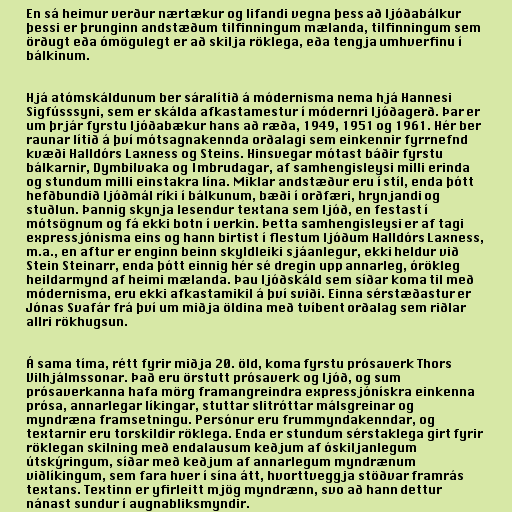
En sá heimur verður nærtækur og lifandi vegna þess að ljóðabálkur
þessi er þrunginn andstæðum tilfinningum mælanda, tilfinningum sem
örðugt eða ómögulegt er að skilja röklega, eða tengja umhverfinu í
bálkinum.

Hjá atómskáldunum ber sáralítið á módernisma nema hjá Hannesi
Sigfússsyni, sem er skálda afkastamestur í módernri ljóðagerð. Þar er
um þrjár fyrstu ljóðabækur hans að ræða, 1949, 1951 og 1961. Hér ber
raunar lítið á því mótsagnakennda orðalagi sem einkennir fyrrnefnd
kvæði Halldórs Laxness og Steins. Hinsvegar mótast báðir fyrstu
bálkarnir, Dymbilvaka og Imbrudagar, af samhengisleysi milli erinda
og stundum milli einstakra lína. Miklar andstæður eru í stíl, enda þótt
hefðbundið ljóðmál ríki í bálkunum, bæði í orðfæri, hrynjandi og
stuðlun. Þannig skynja lesendur textana sem ljóð, en festast í
mótsögnum og fá ekki botn í verkin. Þetta samhengisleysi er af tagi
expressjónisma eins og hann birtist í flestum ljóðum Halldórs Laxness,
m.a., en aftur er enginn beinn skyldleiki sjáanlegur, ekki heldur við
Stein Steinarr, enda þótt einnig hér sé dregin upp annarleg, órökleg
heildarmynd af heimi mælanda. Þau ljóðskáld sem síðar koma til með
módernisma, eru ekki afkastamikil á því sviði. Einna sérstæðastur er
Jónas Svafár frá því um miðja öldina með tvíbent orðalag sem riðlar
allri rökhugsun.

Á sama tíma, rétt fyrir miðja 20. öld, koma fyrstu prósaverk Thors
Vilhjálmssonar. Það eru örstutt prósaverk og ljóð, og sum
prósaverkanna hafa mörg framangreindra expressjónískra einkenna
prósa, annarlegar líkingar, stuttar slitróttar málsgreinar og
myndræna framsetningu. Persónur eru frummyndakenndar, og
textarnir eru torskildir röklega. Enda er stundum sérstaklega girt fyrir
röklegan skilning með endalausum keðjum af óskiljanlegum
útskýringum, síðar með keðjum af annarlegum myndrænum
viðlíkingum, sem fara hver í sína átt, hvorttveggja stöðvar framrás
textans. Textinn er yfirleitt mjög myndrænn, svo að hann dettur
nánast sundur í augnabliksmyndir.